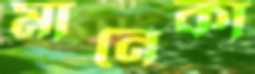
মানেকা